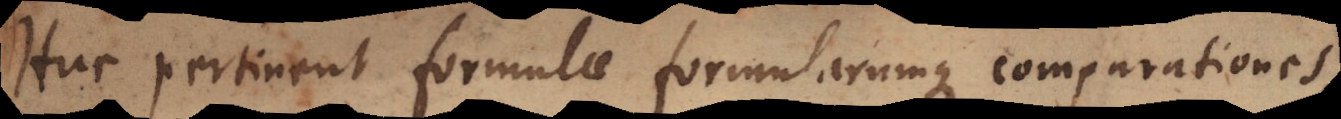
Huc pertinent formulae formularumque comparationes,